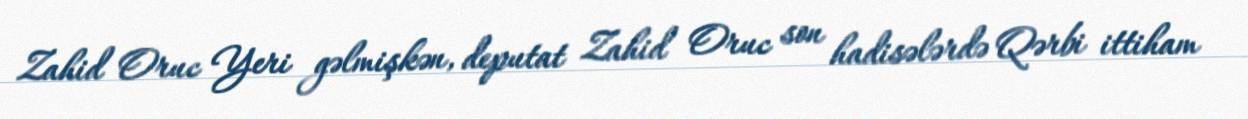
Zahid Oruc Yeri gəlmişkən, deputat Zahid Oruc son hadisələrdə Qərbi ittiham